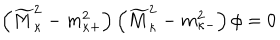
LaTeX: \left( \widetilde { M } _ { \kappa } ^ { 2 } - m _ { \kappa + } ^ { 2 } \right) \left( \widetilde { M } _ { \kappa } ^ { 2 } - m _ { \kappa - } ^ { 2 } \right) \phi = 0